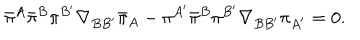
LaTeX: \bar { \pi } { } ^ { A } \bar { \pi } ^ { B } \pi ^ { B ^ { \prime } } \nabla _ { B B ^ { \prime } } \bar { \pi } _ { A } - \pi ^ { A ^ { \prime } } \bar { \pi } ^ { B } \pi ^ { B ^ { \prime } } \nabla _ { B B ^ { \prime } } \pi _ { A ^ { \prime } } = 0 .